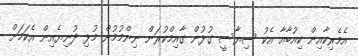
އެމެރިކާއިން ކިއުބާއާ އެކު ސިޔާސީ ގުޅުން ގާއިމްކުރަން ނިންމުމުން މުޅި ދުނިޔެއިން އެކަމަށް